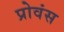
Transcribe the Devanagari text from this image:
प्रोवंस